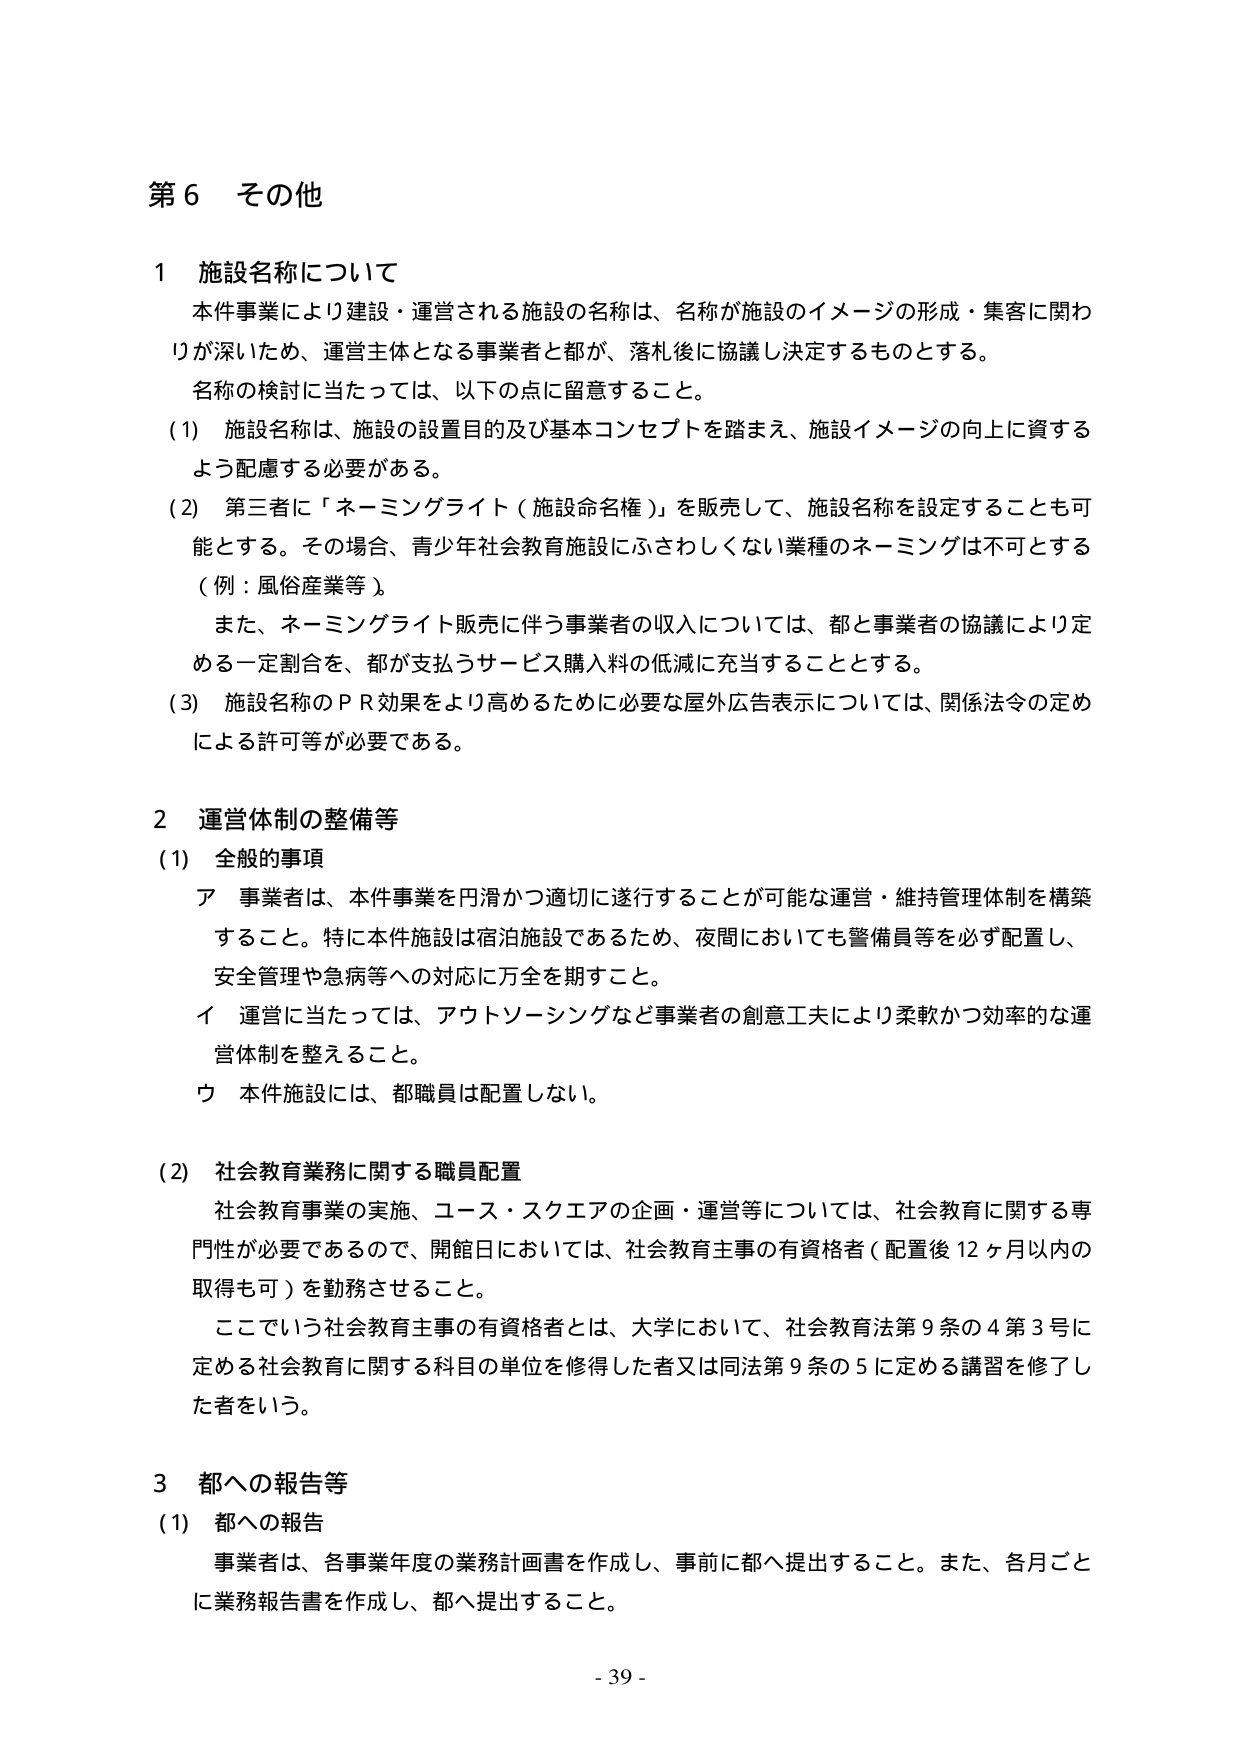
第６ その他

１ 施設名称について
本件事業により建設・運営される施設の名称は、名称が施設のイメージの形成・集客に関わりが深いため、運営主体となる事業者と都が、落札後に協議し決定するものとする。
名称の検討に当たっては、以下の点に留意すること。
(1) 施設名称は、施設の設置目的及び基本コンセプトを踏まえ、施設イメージの向上に資するよう配慮する必要がある。
(2) 第三者に「ネーミングライト（施設命名権）」を販売して、施設名称を設定することも可能とする。その場合、青少年社会教育施設にふさわしくない業種のネーミングは不可とする（例：風俗産業等）。
また、ネーミングライト販売に伴う事業者の収入については、都と事業者の協議により定める一定割合を、都が支払うサービス購入料の低減に充当することとする。
(3) 施設名称のＰＲ効果をより高めるために必要な屋外広告表示については、関係法令の定めによる許可等が必要である。

２ 運営体制の整備等
(1) 全般的事項
ア 事業者は、本件事業を円滑かつ適切に遂行することが可能な運営・維持管理体制を構築すること。特に本件施設は宿泊施設であるため、夜間においても警備員等を必ず配置し、安全管理や急病等への対応に万全を期すこと。
イ 運営に当たっては、アウトソーシングなど事業者の創意工夫により柔軟かつ効率的な運営体制を整えること。
ウ 本件施設には、都職員は配置しない。

(2) 社会教育業務に関する職員配置
社会教育事業の実施、ユース・スクエアの企画・運営等については、社会教育に関する専門性が必要であるので、開館日においては、社会教育主事の有資格者（配置後12ヶ月以内の取得も可）を勤務させること。
ここでいう社会教育主事の有資格者とは、大学において、社会教育法第9条の4第3号に定める社会教育に関する科目の単位を修得した者又は同法第9条の5に定める講習を修了した者をいう。

３ 都への報告等
(1) 都への報告
事業者は、各事業年度の業務計画書を作成し、事前に都へ提出すること。また、各月ごとに業務報告書を作成し、都へ提出すること。

- 39 -